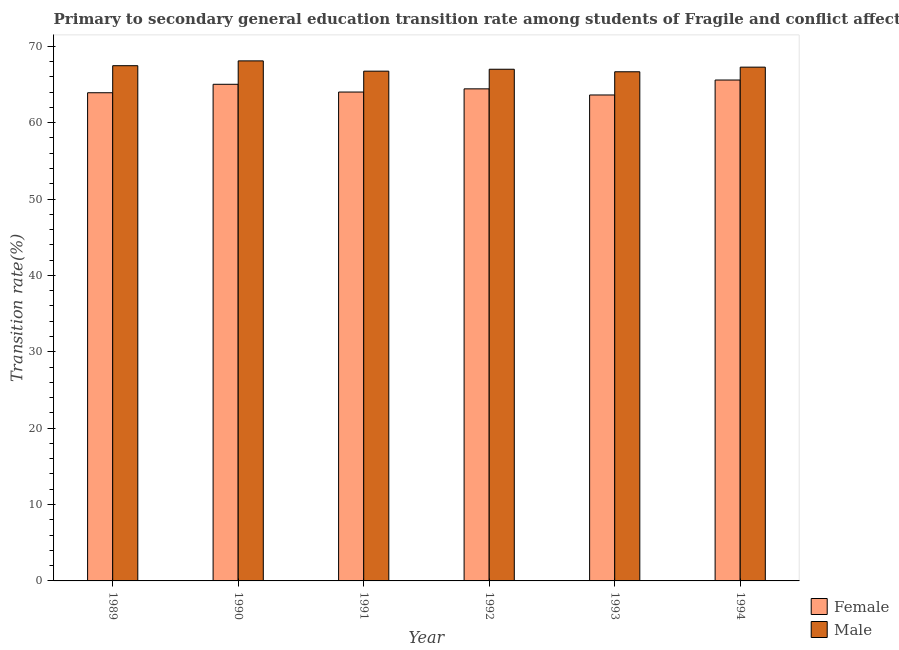
| Year | Female | Male |
 | --- | --- | --- |
 | 1989 | 63.9 | 67.5 |
 | 1990 | 65 | 68.1 |
 | 1991 | 64 | 66.7 |
 | 1992 | 64.4 | 67 |
 | 1993 | 63.6 | 66.7 |
 | 1994 | 65.6 | 67.3 |